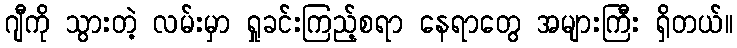
ဂျီကို သွားတဲ့ လမ်းမှာ ရှုခင်းကြည့်စရာ နေရာတွေ အများကြီး ရှိတယ်။